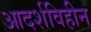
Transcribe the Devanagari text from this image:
आदर्शविहीन